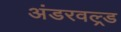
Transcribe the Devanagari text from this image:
अंडरवल्र्ड